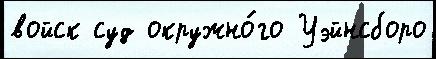
войск суд окружно́го Уэйнсборо